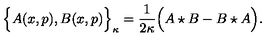
\Big \{ A ( x , p ) , B ( x , p ) \Big \} _ { \kappa } = \frac { 1 } { 2 \kappa } \Big ( A \star B - B \star A \Big ) .